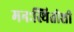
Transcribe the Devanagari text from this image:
मनःस्थितीशी